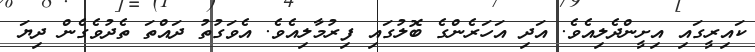
ކައިރީގައި އިށީންދެލިއެވެ. އަދި އަހަރެންގެ ބޮލުގައި ފިރުމާލިއެވެ. އެވަގުތު ދައްތަ ތެދުވެގެން ދިޔަ